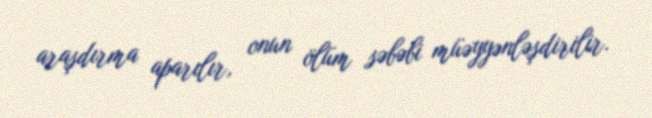
araşdırma aparılır, onun ölüm səbəbi müəyyənləşdirilir.